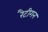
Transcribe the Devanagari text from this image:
रैटीगन